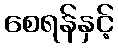
စေရန်နှင့်